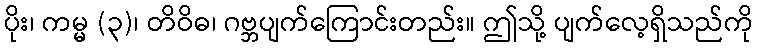
ပိုး၊ ကမ္မ (၃)၊ တိဝိဓ၊ ဂဗ္ဘပျက်ကြောင်းတည်း။ ဤသို့ ပျက်လေ့ရှိသည်ကို